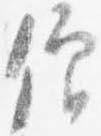
僧